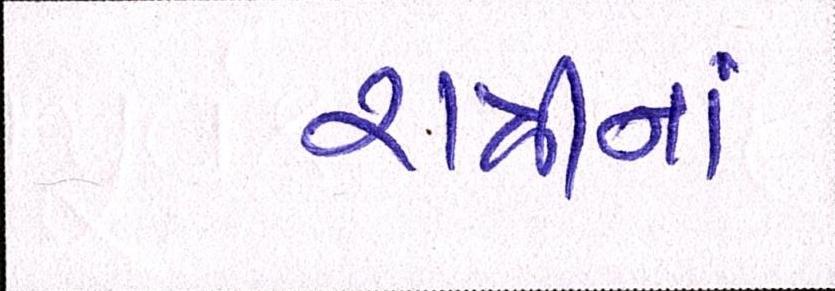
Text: રાત્રીનાં